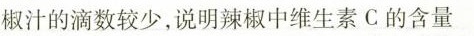
椒汁的滴数较少，说明辣椒中维生素C的含量